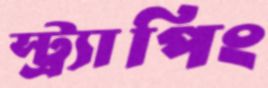
স্ট্র্যাপিং